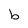
Character: b